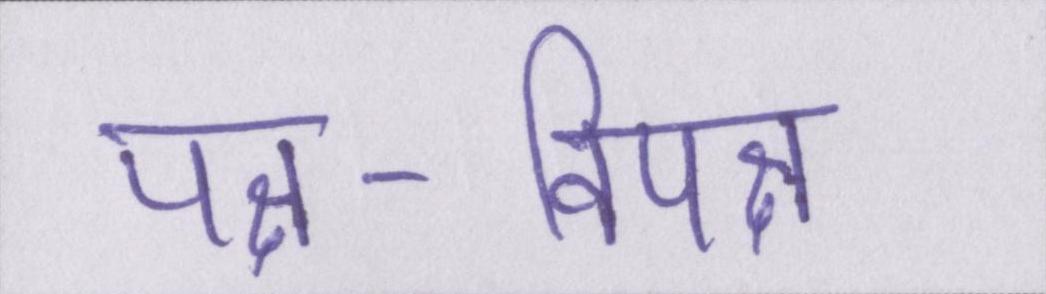
पक्ष-विपक्ष